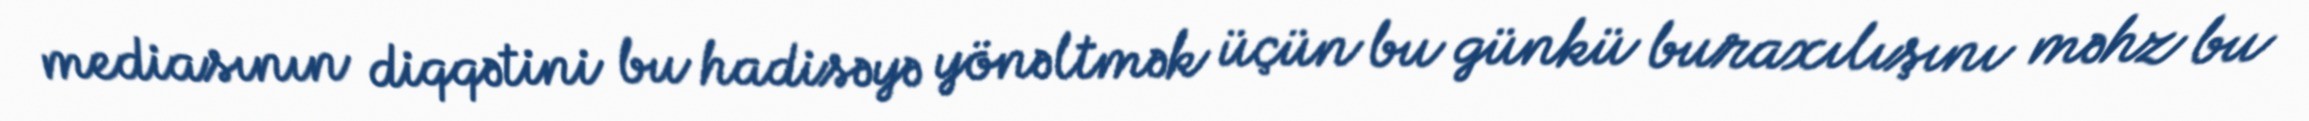
mediasının diqqətini bu hadisəyə yönəltmək üçün bu günkü buraxılışını məhz bu